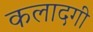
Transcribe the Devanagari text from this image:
कलादगी